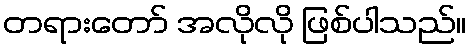
တရားတော် အလိုလို ဖြစ်ပါသည်။